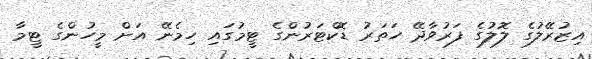
އިޒުރޭލުގެ ލޮލުގެ ފަރުވާދޭ ހަތަރު ޑޮކްޓަރުންގެ ޓީމުގައި ހިމެނޭ އަށް މީހުންގެ ޓީމާ